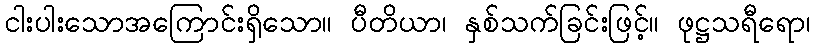
ငါးပါးသောအကြောင်းရှိသော။ ပီတိယာ၊ နှစ်သက်ခြင်းဖြင့်။ ဖုဋ္ဌသရီရော၊